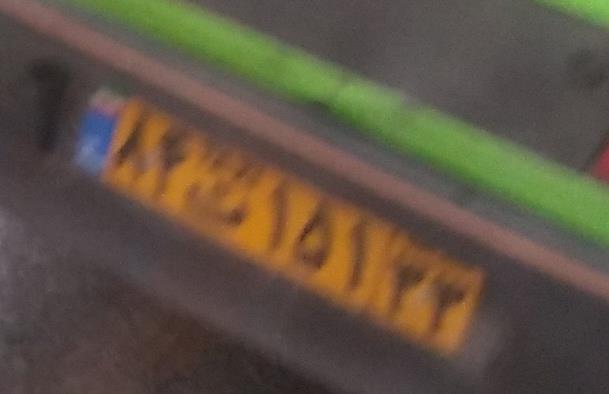
۸۴ت۱۵۱۲۲